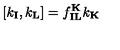
[ k _ { \mathbf { I } } , k _ { \mathbf { L } } ] = f _ { \mathbf { I } \mathbf { L } } ^ { \mathbf { K } } k _ { \mathbf { K } }